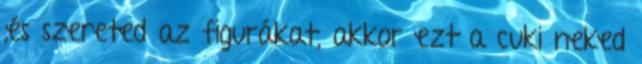
,és szereted az figurákat, akkor ezt a cuki neked